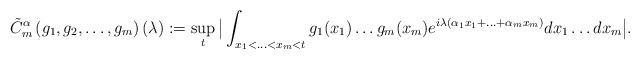
LaTeX: \begin{align*}\tilde{C}_m^\alpha \left( g_1,g_2, \ldots, g_m \right)(\lambda):=\sup_t \big \vert\int_{x_1< \ldots< x_m <t}g_1(x_1) \ldots g_m(x_m) e^{i \lambda \left( \alpha_1 x_1+\ldots+\alpha_m x_m \right)}dx_1 \ldots d x_m \big \vert.\end{align*}